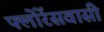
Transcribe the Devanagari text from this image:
फ्लोरेंसवासी